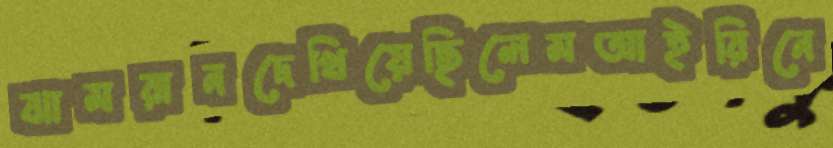
ঝামরানদেখিয়েছিলেমআইরিনে